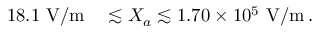
\begin{array} { r l } { 1 8 . 1 \, \, \mathrm { V / m } } & { { } \lesssim X _ { a } \lesssim 1 . 7 0 \times 1 0 ^ { 5 } \ \mathrm { V / m } \, . } \end{array}